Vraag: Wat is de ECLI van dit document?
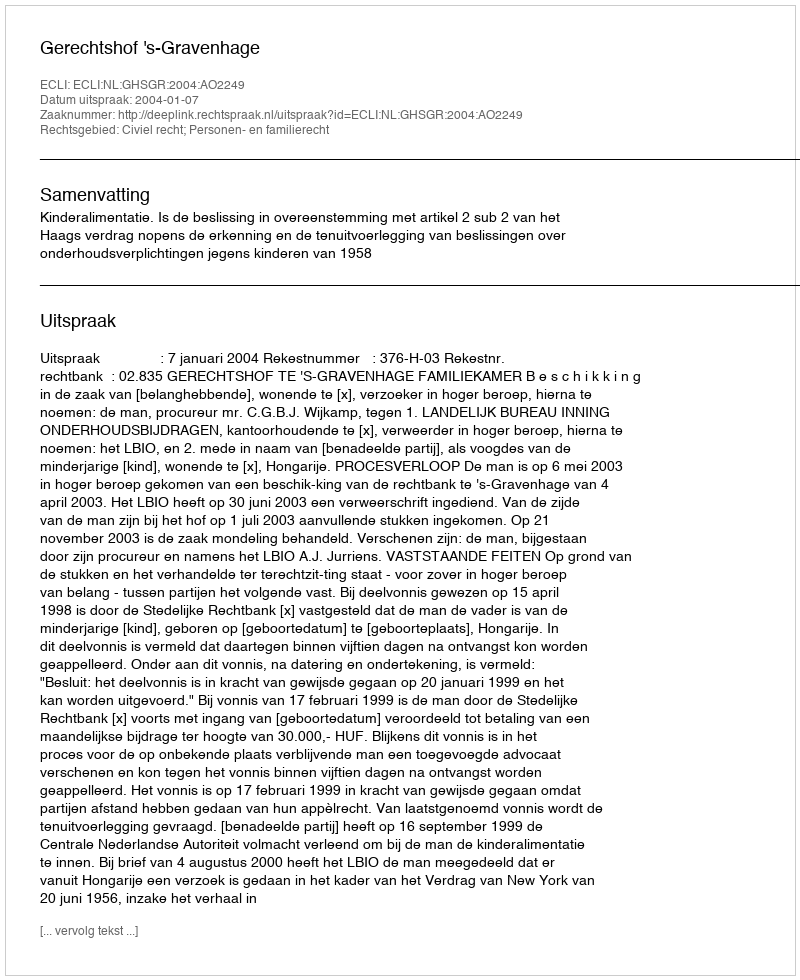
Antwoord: ECLI:NL:GHSGR:2004:AO2249